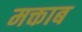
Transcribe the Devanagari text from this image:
मक्ताब